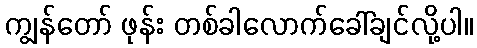
ကျွန်တော် ဖုန်း တစ်ခါလောက်ခေါ်ချင်လို့ပါ။